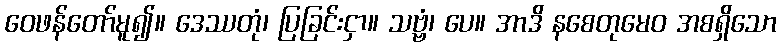
ဝေဖန်တော်မူ၍။ ဒေဿတုံ၊ ပြခြင်းငှာ။ သဗ္ဗံ၊ ပေ။ အာဒိ နစေတုမေဝ အစရှိသော